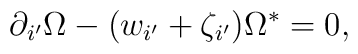
\partial _{i^{\prime }}\Omega -(w_{i^{\prime }}+\zeta _{i^{\prime }})\Omega^{\ast }=0,